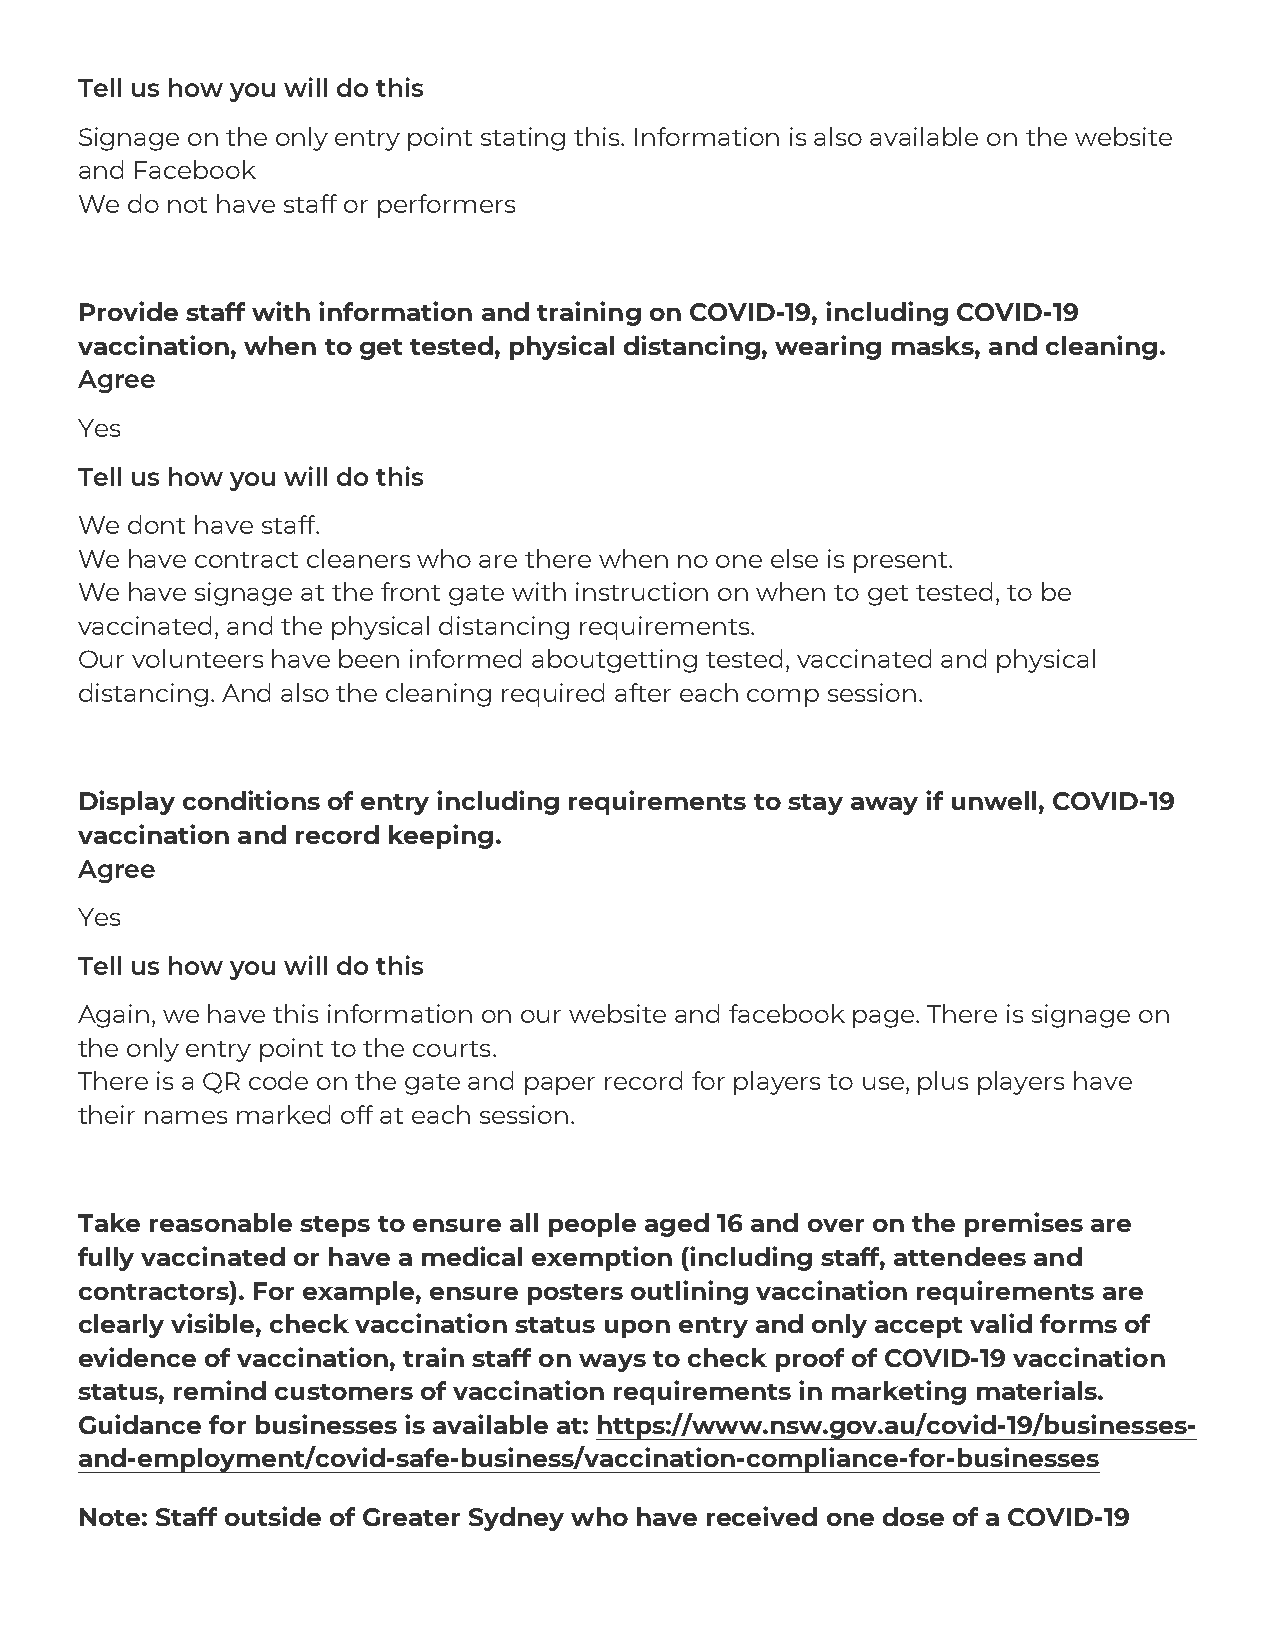
Tell us how you will do this
 Signage on the only entry point stating this. Information is also available on the website
 and Facebook
 We do not have staff or performers
 Provide staff with information and training on COVID-19, including COVID-19
 vaccination, when to get tested, physical distancing, wearing masks, and cleaning.
 Agree
 Yes
 Tell us how you will do this
 We dont have staff.
 We have contract cleaners who are there when no one else is present.
 We have signage at the front gate with instruction on when to get tested, to be
 vaccinated, and the physical distancing requirements.
 Our volunteers have been informed aboutgetting tested, vaccinated and physical
 distancing. And also the cleaning required after each comp session.
 Display conditions of entry including requirements to stay away if unwell, COVID-19
 vaccination and record keeping.
 Agree
 Yes
 Tell us how you will do this
 Again, we have this information on our website and facebook page. There is signage on
 the only entry point to the courts.
 There is a QR code on the gate and paper record for players to use, plus players have
 their names marked off at each session.
 Take reasonable steps to ensure all people aged 16 and over on the premises are
 fully vaccinated or have a medical exemption (including staff, attendees and
 contractors). For example, ensure posters outlining vaccination requirements are
 clearly visible, check vaccination status upon entry and only accept valid forms of
 evidence of vaccination, train staff on ways to check proof of COVID-19 vaccination
 status, remind customers of vaccination requirements in marketing materials.
 Guidance for businesses is available at: https://www.nsw.gov.au/covid-19/businesses-
 and-employment/covid-safe-business/vaccination-compliance-for-businesses
 Note: Staff outside of Greater Sydney who have received one dose of a COVID-19